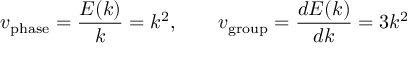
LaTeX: v _ { \mathrm { p h a s e } } = { \frac { E ( k ) } { k } } = k ^ { 2 } , \qquad v _ { \mathrm { g r o u p } } = { \frac { d E ( k ) } { d k } } = 3 k ^ { 2 }